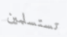
تستسلمين